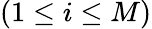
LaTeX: (1\leq i\leq M)